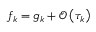
f _ { k } = g _ { k } + \mathcal { O } \left( \tau _ { k } \right)